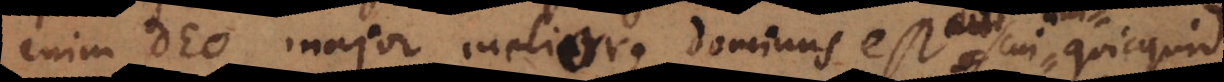
enim Deo major meliorque dominus est cui a